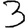
Digit: 3